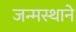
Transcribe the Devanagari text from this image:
जन्मस्थाने